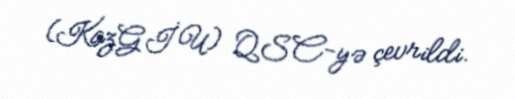
(KazGİU) QSC-yə çevrildi.